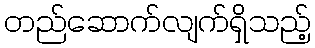
တည်ဆောက်လျက်ရှိသည့်